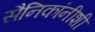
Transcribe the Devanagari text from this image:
सैनिकांनीशी